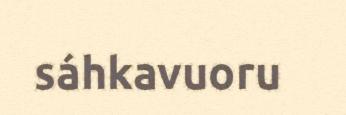
sáhkavuoru